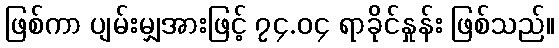
ဖြစ်ကာ ပျမ်းမျှအားဖြင့် ၇၄.၀၄ ရာခိုင်နှုန်း ဖြစ်သည်။